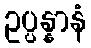
ဥပ္ပန္နာနံ